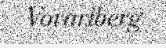
Vorarlberg